Leprosy in India: report of the Leprosy Commission in India, 1890-91
Year: 1890
Disease focus: Leprosy
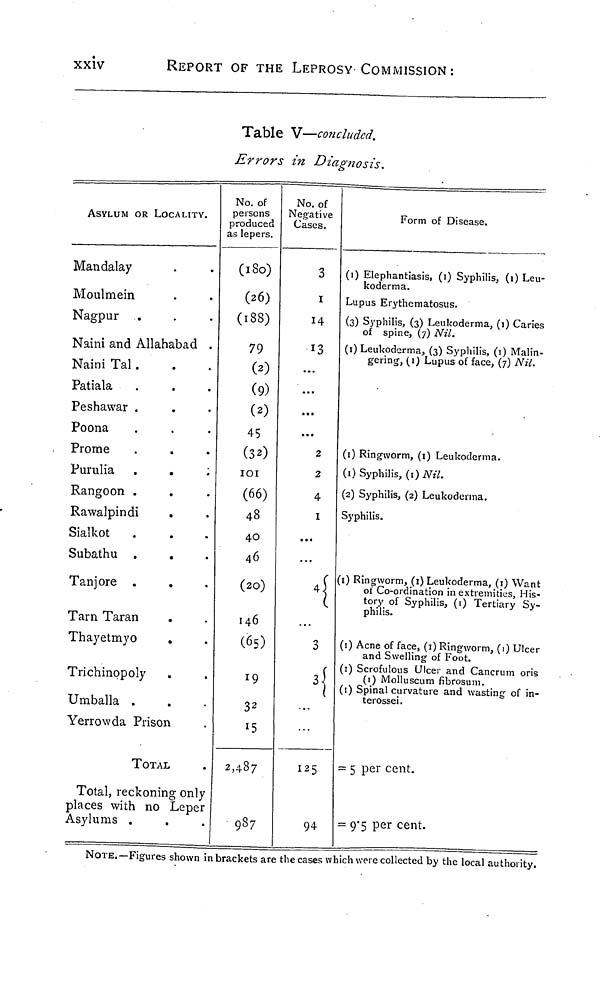
xxiv
REPORT OF THE LEPROSY COMMISSION:
Table V—concluded.
Errors in Diagnosis.
ASYLUM OR LOCALITY.
Mandalay
M oulmein
Nagpur
Naini and Allahabad .
Naini Tal.
Patiala
Peshawar .
Poona
Prome
Purulia .
.
:
Rangoon .
Rawalpindi
Sialkot
Subathu .
Tanjore .
Tarn Taran
Thayetmyo
Trichinopoly
Umballa .
Yerrowda Prison
TOTAL
Total, reckoning only
places with no Leper
Asylums .
No. of
persons
produced
as lepers.
(180)
(26)
(188)
79
(2)
(9)
(2)
45
(32)
101
(66)
48
40
46
(20)
146
(65)
32
15
2,487
987
No. of
Negative
Cases.
3
1
14
13
2
2
4
1
3
125
94
Form of Disease.
(1) Elephantiasis, (1) Syphilis, (1) Leu-
koderma.
Lupus Erythematosus.
(3) Syphilis, (3) Leukoderma, (1) Caries
of spine, (7) Nil.
(1) Leukoderma, (3) Syphilis, (1) Malin-
gering, (1) Lupus of face, (7) Nil.
(1) Ringworm, (1) Leukoderma.
(1) Syphilis, (1)Nil.
(2) Syphilis, (2) Leukoderma.
Syphilis.
(1) Ringworm, (1) Leukoderma, (1) Want
ot Co-ordination in extremities, His-
tory of Syphilis, (1) Tertiary Sy-
philis.
(1) Acne of face, (1) Ringworm, (1) Ulcer
and Swelling of Foot.
(1) Scrofulous Ulcer and Cancrum oris
(1) Molluscum fibrosum.
(1) Spinal curvature and wasting of in-
terossei.
= 5 per cent.
= 9.5 per cent.
NOTE.—Figures shown in brackets are the cases which were collected by the local authority.